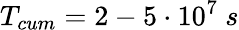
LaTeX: T_{cum}=2-5\cdot 10^{7}~s